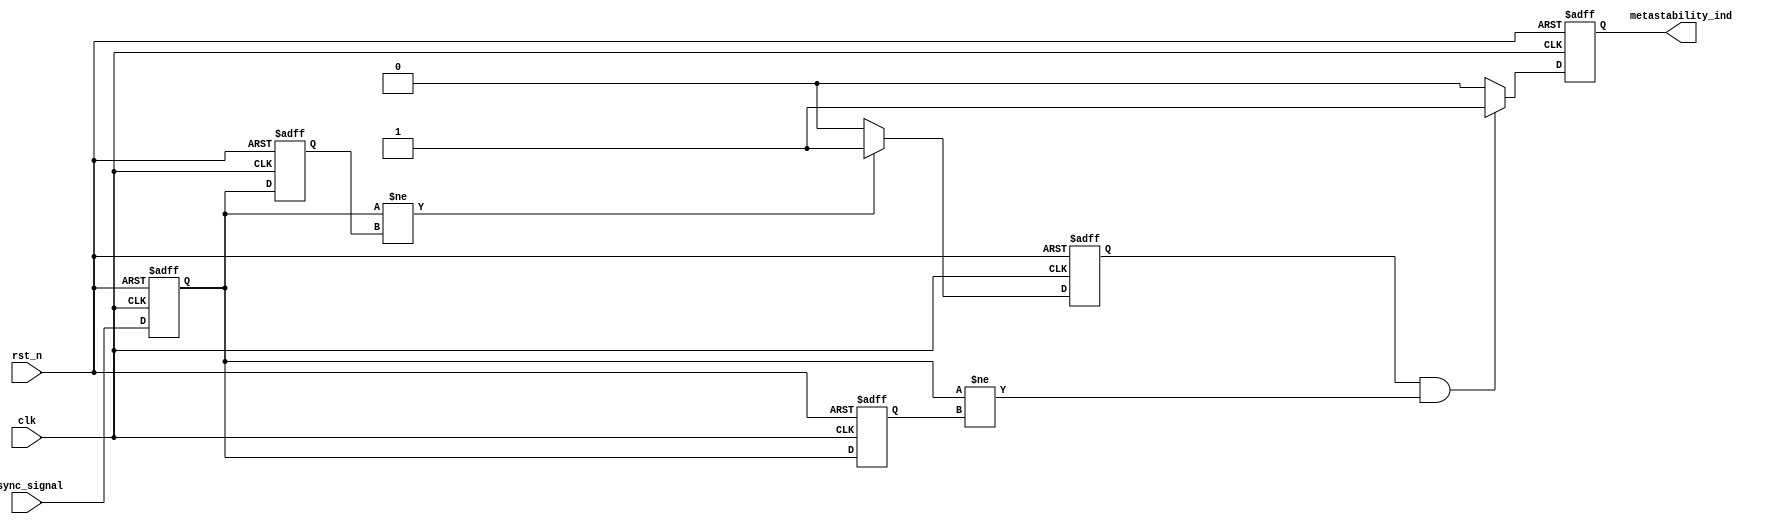
module metastability_detector (
    input wire clk,              // Clock for the detector
    input wire rst_n,            // Asynchronous reset (active low)
    input wire async_signal,      // Asynchronous input signal to sample
    output reg metastability_ind  // Output signal indicating metastability
);

// Internal signals
reg dff1_q;                   // Output of first D flip-flop
reg dff2_q;                   // Output of second D flip-flop
reg dff1_q_prev;              // Previous state of first flip-flop
reg pulse;                    // Pulse signal indicating change

// D Flip-Flop Implementation for dff1
always @(posedge clk or negedge rst_n) begin
    if (!rst_n) begin
        dff1_q <= 1'b0;
    end else begin
        dff1_q <= async_signal;
    end
end

// D Flip-Flop Implementation for dff2
always @(posedge clk or negedge rst_n) begin
    if (!rst_n) begin
        dff2_q <= 1'b0;
    end else begin
        dff2_q <= dff1_q;
    end
end

// Pulse Generation Logic
always @(posedge clk or negedge rst_n) begin
    if (!rst_n) begin
        pulse <= 1'b0;
    end else begin
        // Generate pulse on rising edge of dff1
        if (dff1_q != dff1_q_prev) begin
            pulse <= 1'b1;
        end else begin
            pulse <= 1'b0; // Clear pulse
        end
    end
end

// Metastability Detection Logic
always @(posedge clk or negedge rst_n) begin
    if (!rst_n) begin
        metastability_ind <= 1'b0;
        dff1_q_prev <= 1'b0;
    end else begin
        // Detect metastability condition
        if (pulse && (dff1_q != dff2_q)) begin
            metastability_ind <= 1'b1; // Metastability detected
        end else begin
            metastability_ind <= 1'b0; // No metastability
        end
        // Store previous state of dff1 for pulse generation
        dff1_q_prev <= dff1_q;
    end
end

endmodule